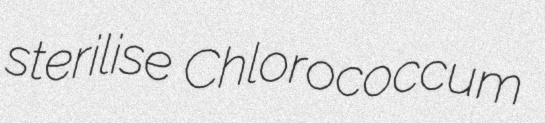
sterilise Chlorococcum